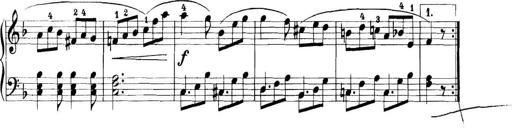
Title: 11 Sonatinas
Composer: Anton Diabelli